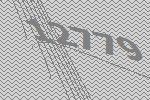
12779